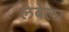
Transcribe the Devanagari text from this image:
लेबेला